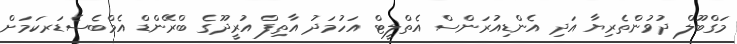
މަގްބޫލް ދުވުންތެރިޔާ އަދި އެންޑިއުރަންސް އެތްލީޓް އަހުމަދު އާތިފް އުރީދޫގެ ބްރޭންޑް އެމްބެސެޑަރކަމަށް